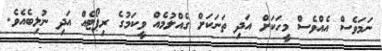
ނަމަވެސް އެއްވެސް މީހަކަށް އަދި ތަނަކަށް ގެއްލުމެއް ވީކަމުގެ ރިޕޯޓެއް އަދި ނުލިބެއެވެ.